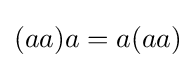
(aa)a=a(aa)